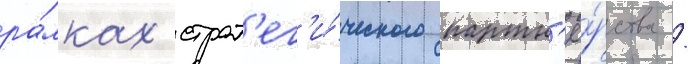
ра́мках страт'ег'и́ческого партн'ё́рства /